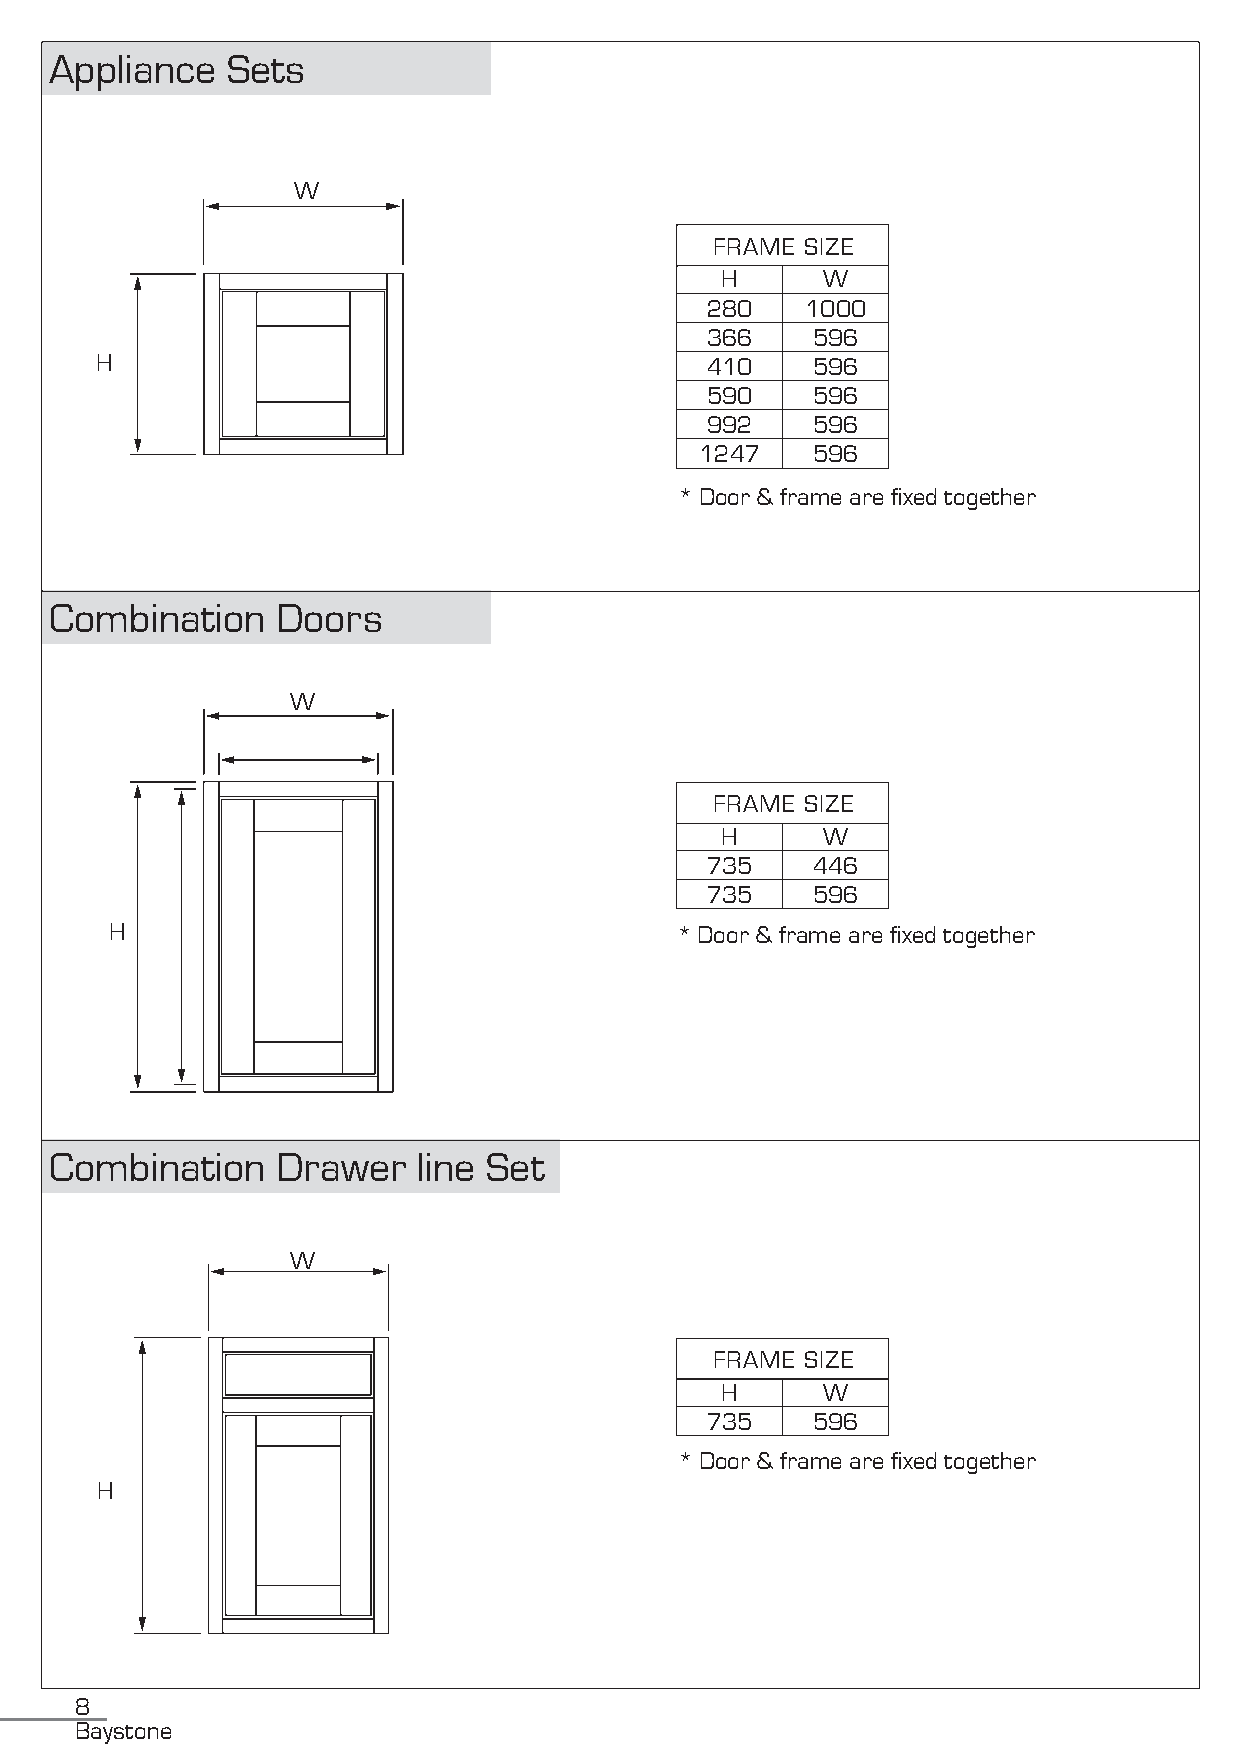
Appliance   Sets
 W
 FRAME SIZE
 H     W
 280   1000
 366    596
 H                                        410    596
 590    596
 992    596
 1247    596
 * Door & frame are fixed together
 Combination    Doors
 W
 FRAME SIZE
 H     W
 735    446
 735    596
 H                                     * Door & frame are fixed together
 Combination    Drawer    line Set
 W
 FRAME SIZE
 H     W
 735    596
 * Door & frame are fixed together
 H
 8
 Baystone